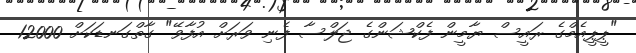
"ޕީޕީއެމްގެ ރައީސް ޔާމީން ފެކްޝަންގެ ޖަލްސާ ފެނި ވަރަށް އުފާވޭ" ގާތްގަނޑަކަށް 12000